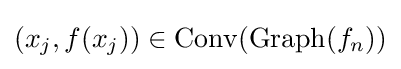
(x_{j},f(x_{j}))\in \mathrm {Conv} (\mathrm {Graph} (f_{n}))